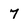
Character: 7